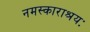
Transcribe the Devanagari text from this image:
नमस्काराश्रयः